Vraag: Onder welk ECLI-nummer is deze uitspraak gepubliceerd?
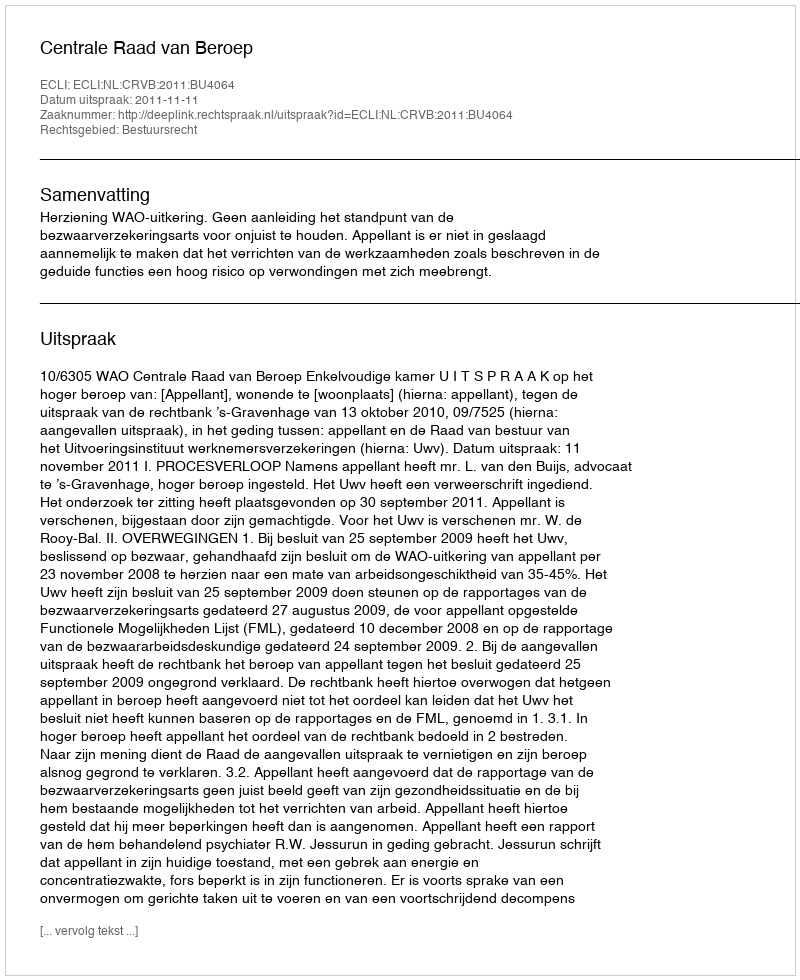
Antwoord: ECLI:NL:CRVB:2011:BU4064